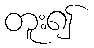
တူး၍